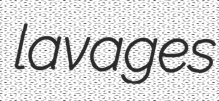
lavages